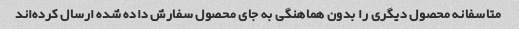
متاسفانه محصول دیگری را بدون هماهنگی به جای محصول سفارش داده شده ارسال کرده‌اند